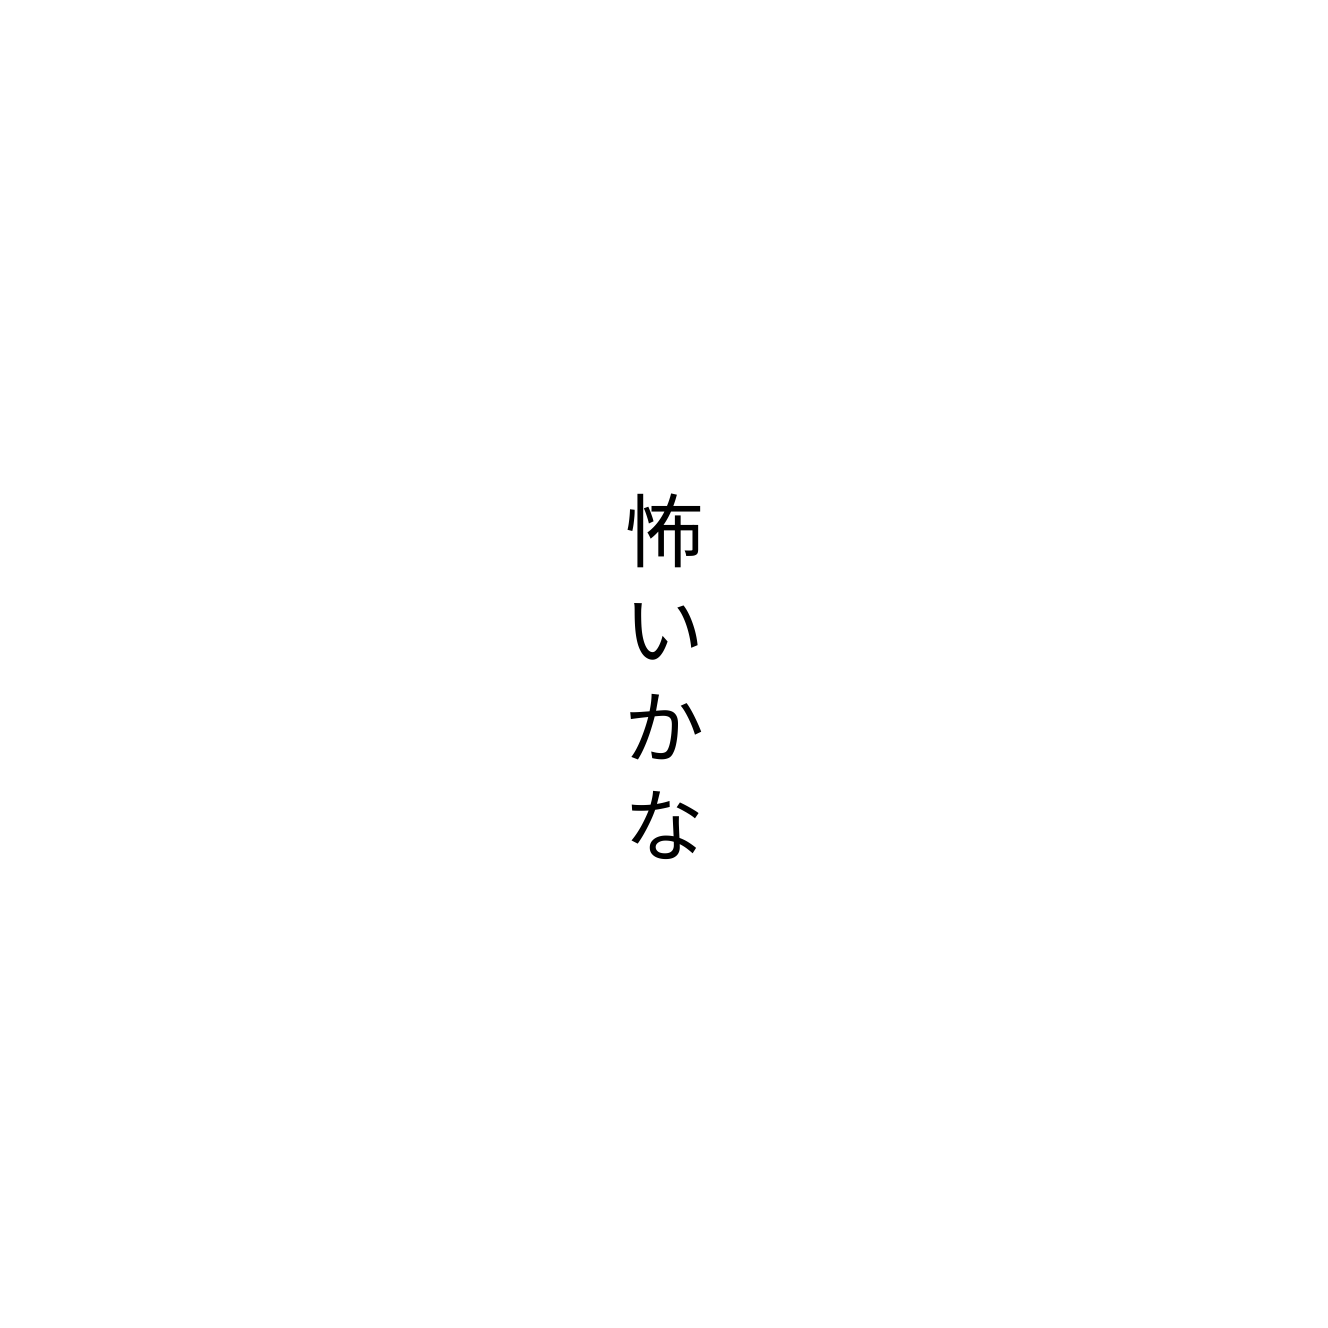
怖いかな